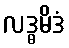
လဒ္ဓမိဒံ